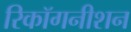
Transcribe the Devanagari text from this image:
रिकॉगनीशन